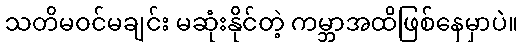
သတိမဝင်မချင်း မဆုံးနိုင်တဲ့ ကမ္ဘာအထိဖြစ်နေမှာပဲ။